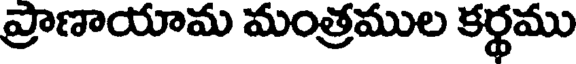
ప్రాణాయామ మంత్రముల కర్థము